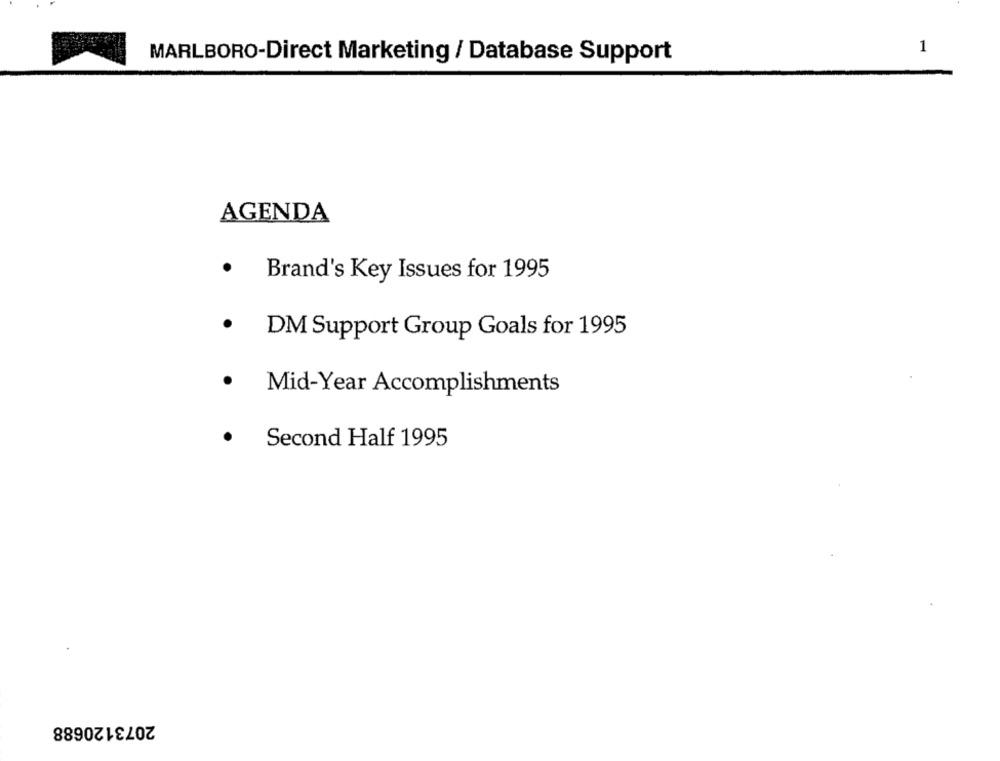
1
MARLBORO-Direct Marketing / Database Support
AGENDA
.
Brand's Key Issues for 1995
DM Support Group Goals for 1995
Mid-Year Accomplishments
Second Half 1995
2073120688